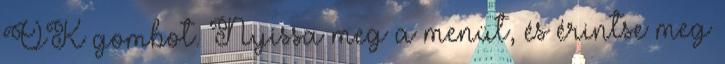
OK gombot. Nyissa meg a menüt, és érintse meg